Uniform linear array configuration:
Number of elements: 48
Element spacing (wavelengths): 1
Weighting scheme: cosine
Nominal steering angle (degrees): -45
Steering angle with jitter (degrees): -43.804
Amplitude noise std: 0.05
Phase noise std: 0.05

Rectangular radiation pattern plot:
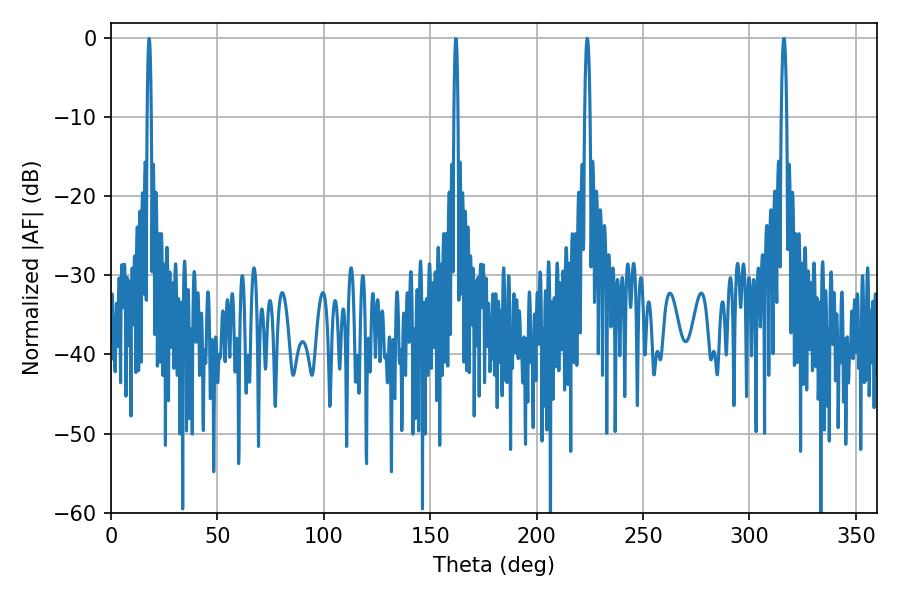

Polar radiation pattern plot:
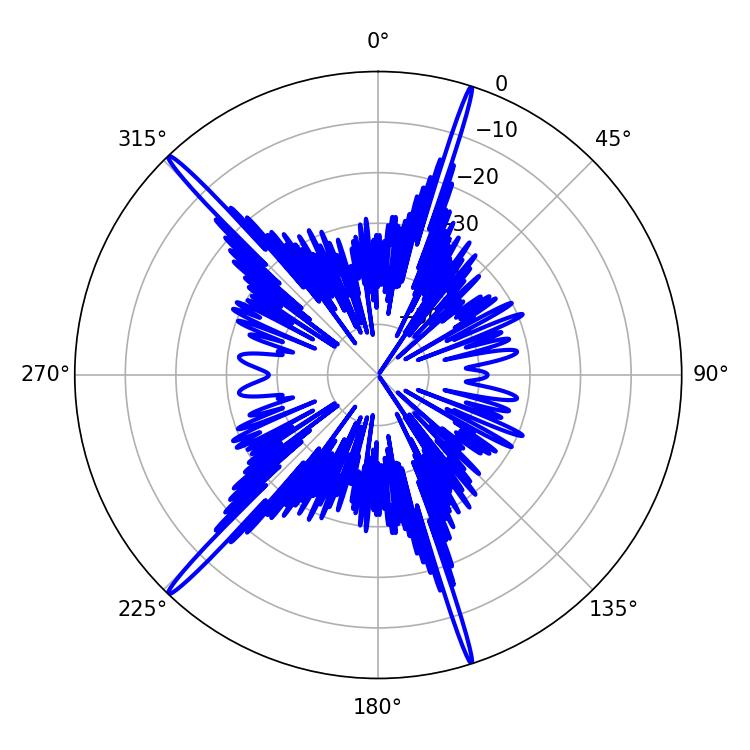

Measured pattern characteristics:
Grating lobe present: TRUE
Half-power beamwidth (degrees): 1.26
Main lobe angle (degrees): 223.74